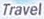
Travel